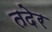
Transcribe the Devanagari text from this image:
तदेर